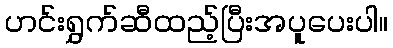
ဟင်းရွှက်ဆီထည့်ပြီးအပူပေးပါ။